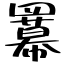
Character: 羃